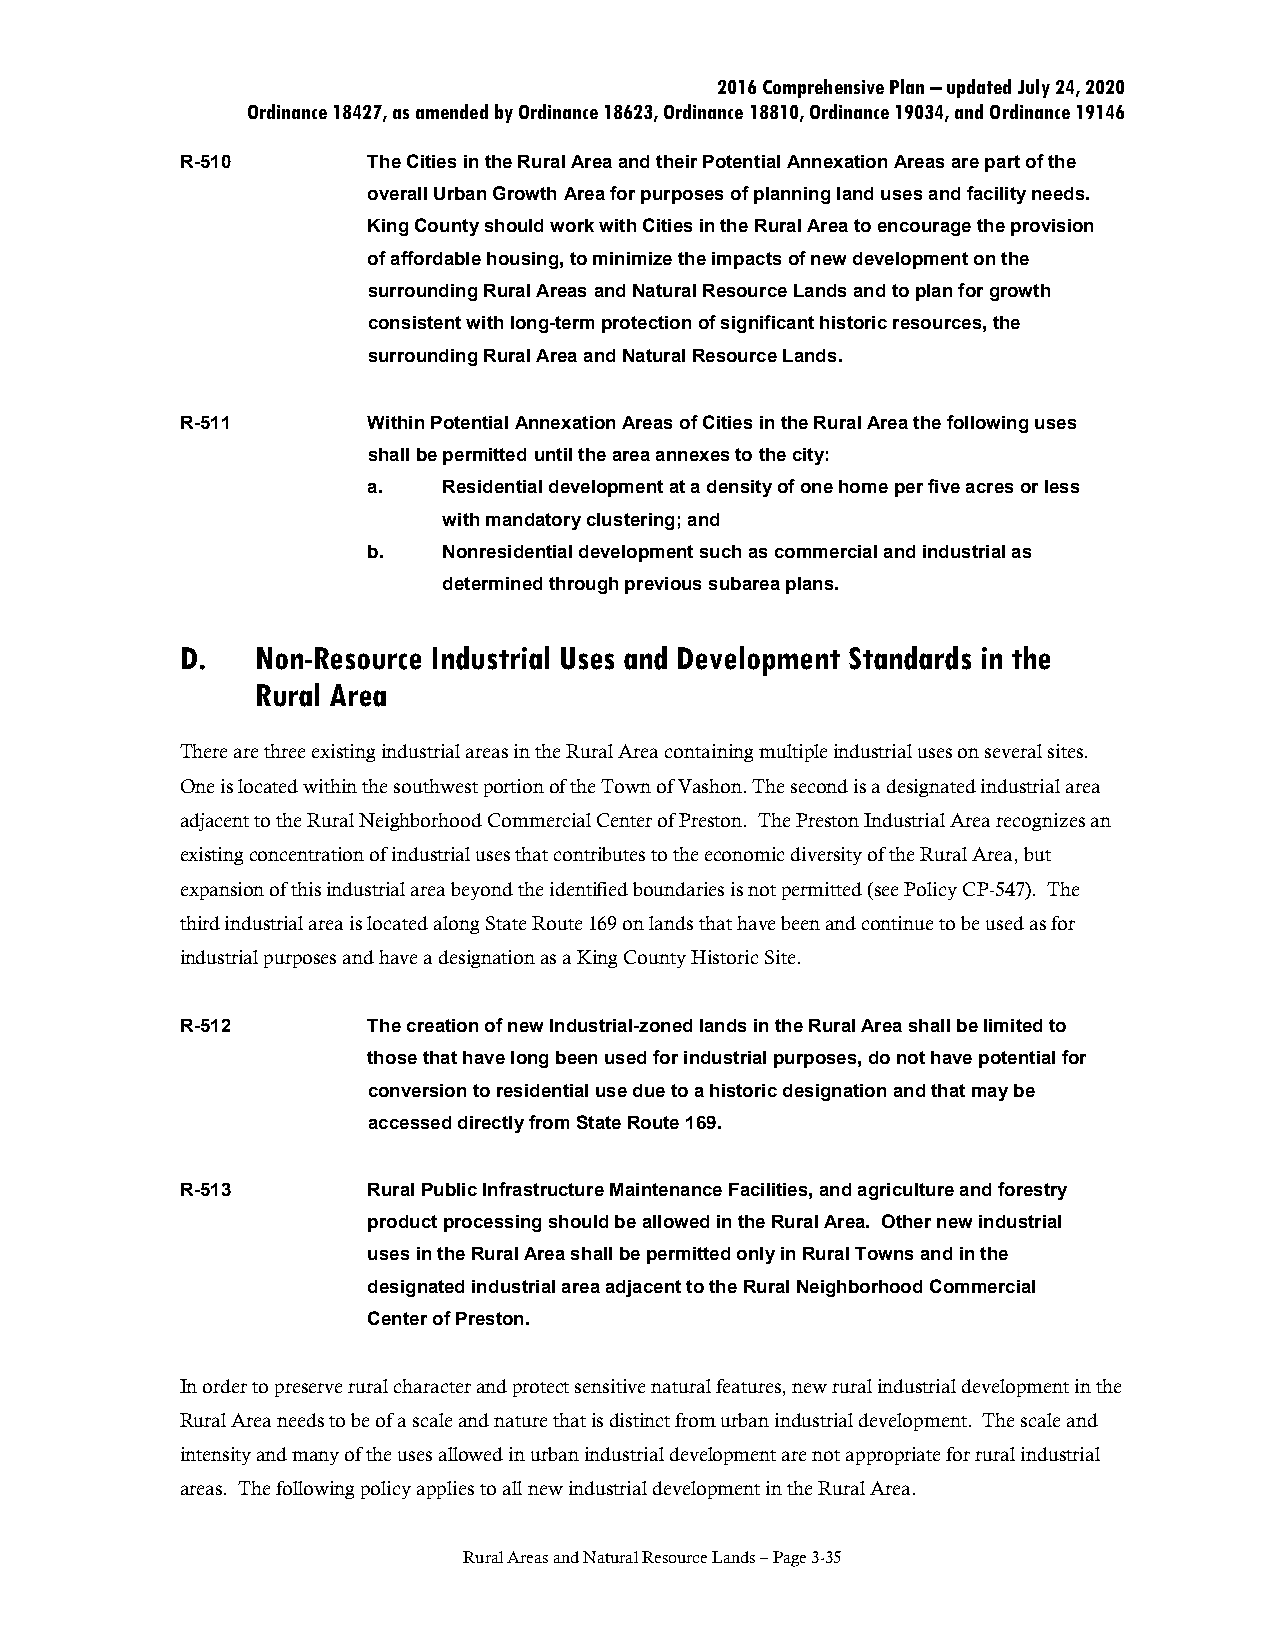
2016 Comprehensive Plan – updated July 24, 2020
 Ordinance 18427, as amended by Ordinance 18623, Ordinance 18810, Ordinance 19034, and Ordinance 19146
 R-510       The Cities in the Rural Area and their Potential Annexation Areas are part of the
 overall Urban Growth Area for purposes of planning land uses and facility needs.
 King County should work with Cities in the Rural Area to encourage the provision
 of affordable housing, to minimize the impacts of new development on the
 surrounding Rural Areas and Natural Resource Lands and to plan for growth
 consistent with long-term protection of significant historic resources, the
 surrounding Rural Area and Natural Resource Lands.
 R-511       Within Potential Annexation Areas of Cities in the Rural Area the following uses
 shall be permitted until the area annexes to the city:
 a.   Residential development at a density of one home per five acres or less
 with mandatory clustering; and
 b.   Nonresidential development such as commercial and industrial as
 determined through previous subarea plans.
 D.   Non-Resource Industrial Uses and Development Standards in the
 Rural Area
 There are three existing industrial areas in the Rural Area containing multiple industrial uses on several sites.
 One is located within the southwest portion of the Town of Vashon. The second is a designated industrial area
 adjacent to the Rural Neighborhood Commercial Center of Preston. The Preston Industrial Area recognizes an
 existing concentration of industrial uses that contributes to the economic diversity of the Rural Area, but
 expansion of this industrial area beyond the identified boundaries is not permitted (see Policy CP-547). The
 third industrial area is located along State Route 169 on lands that have been and continue to be used as for
 industrial purposes and have a designation as a King County Historic Site.
 R-512       The creation of new Industrial-zoned lands in the Rural Area shall be limited to
 those that have long been used for industrial purposes, do not have potential for
 conversion to residential use due to a historic designation and that may be
 accessed directly from State Route 169.
 R-513       Rural Public Infrastructure Maintenance Facilities, and agriculture and forestry
 product processing should be allowed in the Rural Area. Other new industrial
 uses in the Rural Area shall be permitted only in Rural Towns and in the
 designated industrial area adjacent to the Rural Neighborhood Commercial
 Center of Preston.
 In order to preserve rural character and protect sensitive natural features, new rural industrial development in the
 Rural Area needs to be of a scale and nature that is distinct from urban industrial development. The scale and
 intensity and many of the uses allowed in urban industrial development are not appropriate for rural industrial
 areas. The following policy applies to all new industrial development in the Rural Area.
 Rural Areas and Natural Resource Lands – Page 3-35